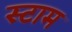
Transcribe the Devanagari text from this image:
स्टाम